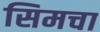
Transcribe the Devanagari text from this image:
सिमचा